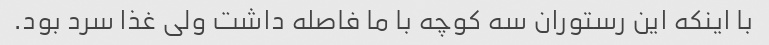
با اینکه این رستوران سه کوچه با ما فاصله داشت ولی غذا سرد بود.